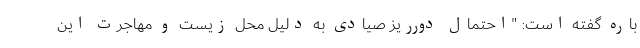
باره گفته است: "احتمال دورریز صیادی به دلیل محل زیست و مهاجرت این